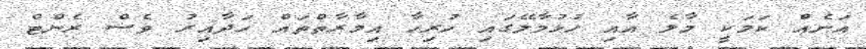
އަނެއް ކަމަކީ މާލެ އާއި ހުޅުމާލޭގައި ހުރިހާ އިމާރާތްތައް ހަދާއިރު ވެސް ރެންޓް